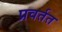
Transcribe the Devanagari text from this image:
प्रवर्तत